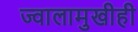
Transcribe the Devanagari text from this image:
ज्वालामुखीही